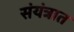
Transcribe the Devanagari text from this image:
संयंत्रात